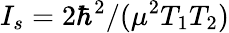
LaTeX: I_{s}=2\hbar^{2}/(\mu^{2}T_{1}T_{2})